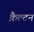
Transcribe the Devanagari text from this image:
क़ैल्टन